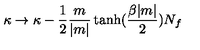
\kappa \to \kappa - \frac { 1 } { 2 } \frac { m } { | m | } \tanh ( \frac { \beta | m | } { 2 } ) N _ { f }